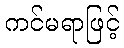
ကင်မရာဖြင့်